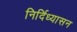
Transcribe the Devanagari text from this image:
निर्दिध्यासन